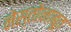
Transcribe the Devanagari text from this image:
नेस्तोनाबूत